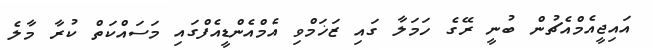
އައިޖީއެމްއެޗުން ބުނީ ރޭގެ ހަމަލާ ގައި ޒަޚަމްވި އެމްއެންޑީއެފްގައި މަސައްކަތް ކުރާ މާލެ